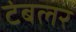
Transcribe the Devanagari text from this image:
टंबलर